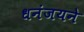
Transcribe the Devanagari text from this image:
धनंजयने